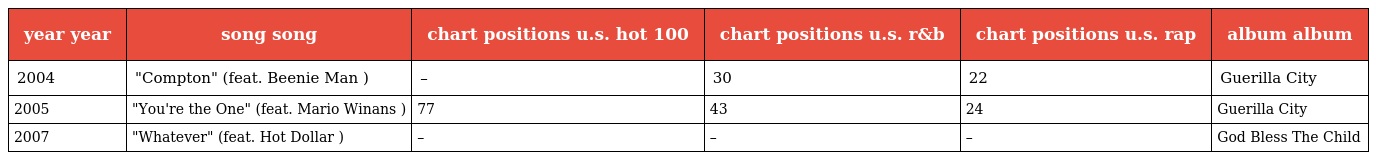
| year year | song song | chart positions u.s. hot 100 | chart positions u.s. r&b | chart positions u.s. rap | album album |
 | --- | --- | --- | --- | --- | --- |
 | 2004 | "Compton" (feat. Beenie Man ) | – | 30 | 22 | Guerilla City |
 | 2005 | "You're the One" (feat. Mario Winans ) | 77 | 43 | 24 | Guerilla City |
 | 2007 | "Whatever" (feat. Hot Dollar ) | – | – | – | God Bless The Child |